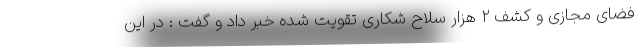
فضای مجازی و کشف ۲ هزار سلاح شکاری تقویت شده خبر داد و گفت : در این